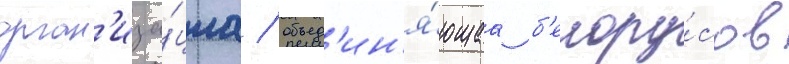
орган'иза́циа / объед'ин'я́ющаа б'елору́сов